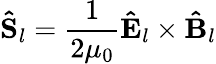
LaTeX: \mathbf{\hat{S}}_{l}=\frac{1}{2\mu_{0}}\mathbf{\hat{E}}_{l}\times\mathbf{\hat{B}}_{l}